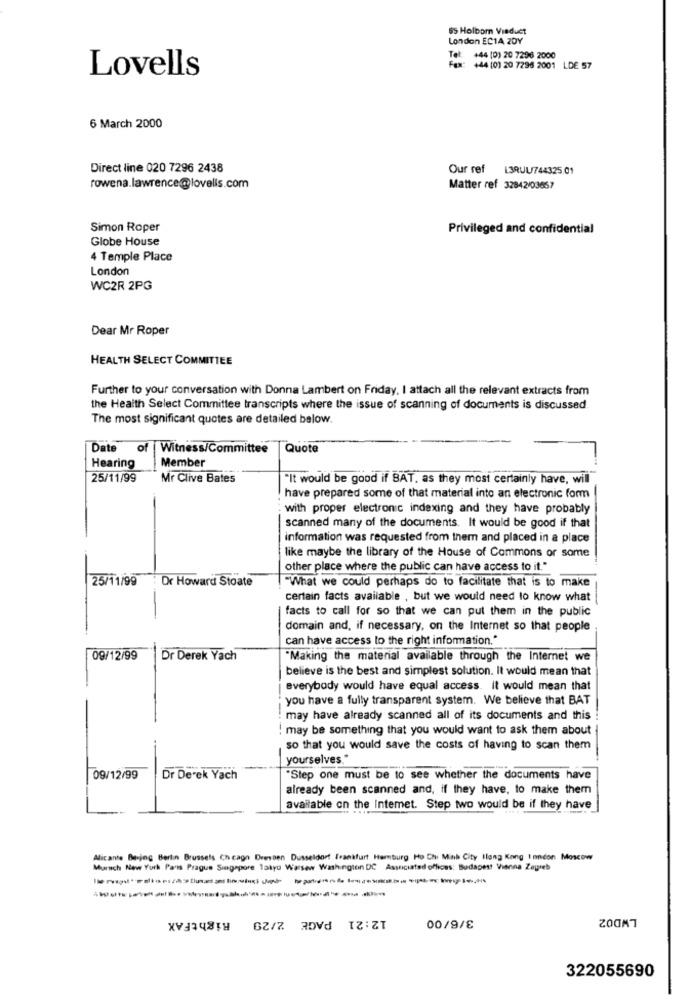
65 Holborn Viaduct
London EC14 2DY
Tel: +44 (0) 20 7296 2000
Lovells
Fax: +44 (0) 20 7296 2001 LDE 57
6 March 2000
Direct line 020 7296 2438
Our ref L3RUU744325.01
rowena.lawrence@lovells.com
Matter ref 32842/03657
Simon Roper
Privileged and confidential
Globe House
4 Temple Place
London
WC2R 2PG
Dear Mr Roper
HEALTH SELECT COMMITTEE
Further to your conversation with Donna Lambert on Friday, I attach all the relevant extracts from
the Health Select Committee transcripts where the issue of scanning of documents is discussed
The most significant quotes are detailed below.
Date
Witness/Committee
Quote
Member
Hearing
25/11/99
Mr Clive Bates
"It would be good if BAT, as they most certainly have, will
have prepared some of that material into an electronic form
with proper electronic indexing and they have probably
scanned many of the documents. It would be good if that
information was requested from them and placed in a place
like maybe the library of the House of Commons or some
other place where the public can have access to it."
25/11/99 : Dr Howard Stoate
"What we could perhaps do to facilitate that is to make
certain facts available , but we would need to know what
facts to call for so that we can put them in the public
domain and, if necessary, on the Internet so that people
can have access to the right information."
09/12/99
Dr Derek Yach
"Making the material available through the Internet we
believe is the best and simplest solution. It would mean that
everybody would have equal access. it would mean that
you have a fully transparent system. We believe that BAT
may have already scanned all of its documents and this
! may be something that you would want to ask them about
so that you would save the costs of having to scan them
yourselves."
09/12/99
Dr Derek Yach
"Step one must be to see whether the documents have
already been scanned and, if they have, to make them
available on the Intemet. Step two would be if they have
Alicante Bering Berlin Brussels Chicago Dressen Dusseldorf frankfurt Hamburg Ho Chi Minh City Hong Kong Inndon Moscow
Murch New York Pans Prague Singapore Tokyu Warsew Washington DC Associated offices: Budapest Vienna Zagreb
12:21 PAGE 2/29
3/6/00
LWD02
RightFAX
322055690